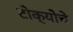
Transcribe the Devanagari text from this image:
टोक्योचे